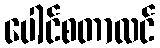
ပေါင်စတာလင်